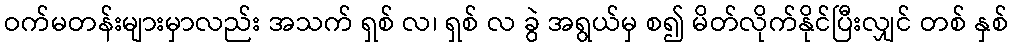
ဝက်မတန်းများမှာလည်း အသက် ရှစ် လ၊ ရှစ် လ ခွဲ အရွယ်မှ စ၍ မိတ်လိုက်နိုင်ပြီးလျှင် တစ် နှစ်